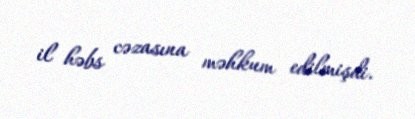
il həbs cəzasına məhkum edilmişdi.